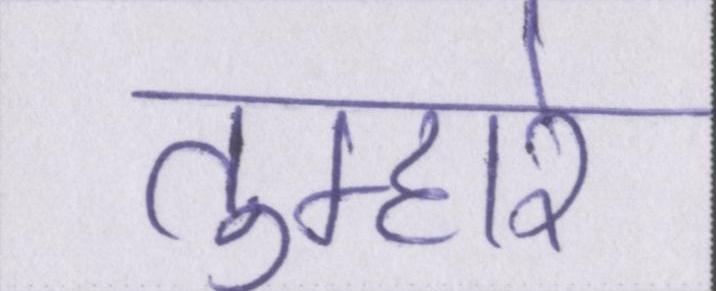
तुम्हारे